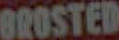
BROSTED